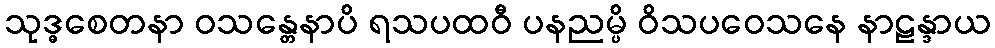
သုဒ္ဓစေတနာ ဝသန္တေနာပိ ရသပထဝီ ပနညမ္ပိ ဝိသပဝေသနေ နာဠန္ဒာယ